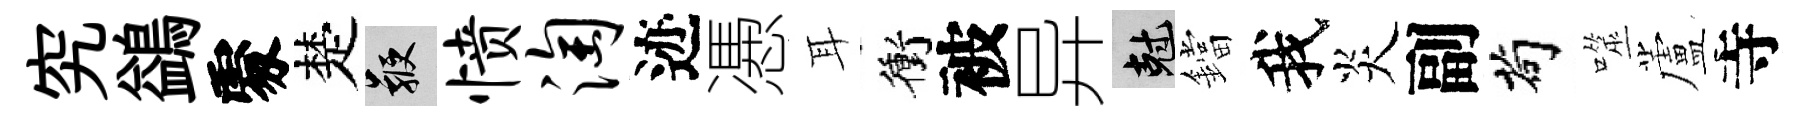
究鷁𠁅楚鞭愤淘迹慿耳衝被异剋鐺我炎副茍噬蘆寺